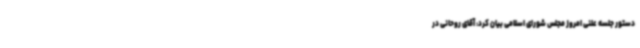
دستور جلسه علنی امروز مجلس شورای اسلامی بیان کرد: آقای روحانی در